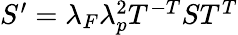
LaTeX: \begin{array}{r}{S^{\prime}=\lambda_{F}\lambda_{p}^{2}T^{-T}ST^{T}}\end{array}